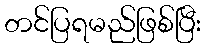
တင်ပြရမည်ဖြစ်ပြီး